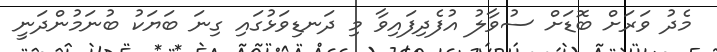
މެދު ވަރަށް ބޮޑަށް ސުވާލު އުފެދިފައިވާ މި ދަނޑިވަޅުގައި ގިނަ ބަޔަކު ބުނަމުންދަނީ